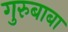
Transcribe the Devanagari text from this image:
गुरुबाबा